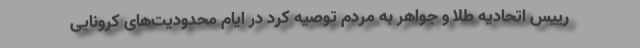
رییس اتحادیه طلا و جواهر به مردم توصیه کرد در ایام محدودیت‌های کرونایی